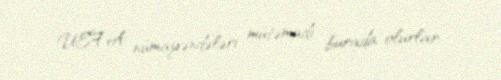
UEFA nümayəndələri mütəmadi burada olurlar.